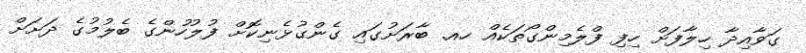
ގަވާއިދާ ހިލާފަށް ހިފި ފްލެމިންގޯތަކެއް ހއ. ބާރަށުގައި ގެންގުޅެނިކޮށް ފުލުހުންގެ ބެލުމުގެ ދަށަށް